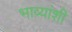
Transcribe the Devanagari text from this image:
भाव्यांशी